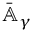
\bar { \mathbb { A } } _ { \gamma }